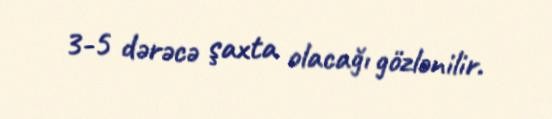
3-5 dərəcə şaxta olacağı gözlənilir.